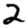
Digit: 2